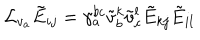
{ \mathcal L } _ { v _ { a } } \tilde { E } _ { i j } = \gamma _ { a } ^ { b c } \tilde { v } _ { b } ^ { k } \tilde { v } _ { c } ^ { l } \tilde { E } _ { k j } \tilde { E } _ { i l }